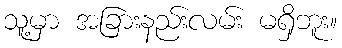
သူ့မှာ အခြားနည်းလမ်း မရှိဘူး။